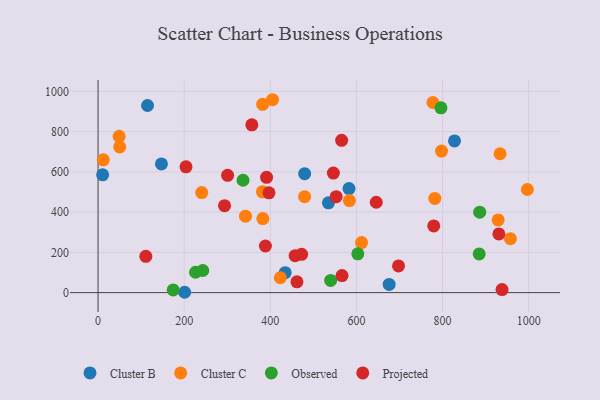
{"axis": {"x": "Speed", "y": "Fuel Efficiency"}, "legend": ["Cluster B", "Cluster C", "Observed", "Projected"], "data": [{"x": "582.7", "y": 517.1, "type": "Cluster B"}, {"x": "10.6", "y": 585.4, "type": "Cluster B"}, {"x": "434.5", "y": 99.1, "type": "Cluster B"}, {"x": "535.0", "y": 446.2, "type": "Cluster B"}, {"x": "675.9", "y": 40.8, "type": "Cluster B"}, {"x": "479.7", "y": 590.9, "type": "Cluster B"}, {"x": "114.9", "y": 929.8, "type": "Cluster B"}, {"x": "201.0", "y": 1.7, "type": "Cluster B"}, {"x": "147.2", "y": 639.7, "type": "Cluster B"}, {"x": "827.7", "y": 754.1, "type": "Cluster B"}, {"x": "996.9", "y": 512.4, "type": "Cluster C"}, {"x": "240.7", "y": 497.4, "type": "Cluster C"}, {"x": "382.6", "y": 368.2, "type": "Cluster C"}, {"x": "583.7", "y": 457.2, "type": "Cluster C"}, {"x": "48.9", "y": 776.7, "type": "Cluster C"}, {"x": "12.1", "y": 659.7, "type": "Cluster C"}, {"x": "405.1", "y": 958.6, "type": "Cluster C"}, {"x": "797.5", "y": 703.5, "type": "Cluster C"}, {"x": "479.6", "y": 476.6, "type": "Cluster C"}, {"x": "382.2", "y": 935.8, "type": "Cluster C"}, {"x": "342.4", "y": 379.9, "type": "Cluster C"}, {"x": "929.0", "y": 361.3, "type": "Cluster C"}, {"x": "50.2", "y": 723.9, "type": "Cluster C"}, {"x": "777.6", "y": 944.9, "type": "Cluster C"}, {"x": "423.3", "y": 73.9, "type": "Cluster C"}, {"x": "933.5", "y": 690.0, "type": "Cluster C"}, {"x": "957.5", "y": 268.3, "type": "Cluster C"}, {"x": "781.9", "y": 467.9, "type": "Cluster C"}, {"x": "381.7", "y": 500.7, "type": "Cluster C"}, {"x": "611.8", "y": 248.5, "type": "Cluster C"}, {"x": "886.2", "y": 399.7, "type": "Observed"}, {"x": "174.4", "y": 13.5, "type": "Observed"}, {"x": "226.4", "y": 101.1, "type": "Observed"}, {"x": "540.1", "y": 60.6, "type": "Observed"}, {"x": "885.0", "y": 192.2, "type": "Observed"}, {"x": "336.6", "y": 558.4, "type": "Observed"}, {"x": "243.2", "y": 109.9, "type": "Observed"}, {"x": "603.2", "y": 193.0, "type": "Observed"}, {"x": "796.2", "y": 918.3, "type": "Observed"}, {"x": "546.4", "y": 594.1, "type": "Projected"}, {"x": "293.7", "y": 432.3, "type": "Projected"}, {"x": "938.1", "y": 14.9, "type": "Projected"}, {"x": "110.9", "y": 180.2, "type": "Projected"}, {"x": "552.9", "y": 476.6, "type": "Projected"}, {"x": "697.7", "y": 132.5, "type": "Projected"}, {"x": "472.7", "y": 190.1, "type": "Projected"}, {"x": "300.8", "y": 582.9, "type": "Projected"}, {"x": "204.2", "y": 624.9, "type": "Projected"}, {"x": "646.0", "y": 449.0, "type": "Projected"}, {"x": "566.5", "y": 84.9, "type": "Projected"}, {"x": "461.8", "y": 53.7, "type": "Projected"}, {"x": "930.7", "y": 291.6, "type": "Projected"}, {"x": "357.1", "y": 833.7, "type": "Projected"}, {"x": "396.9", "y": 496.0, "type": "Projected"}, {"x": "391.3", "y": 572.8, "type": "Projected"}, {"x": "457.6", "y": 183.7, "type": "Projected"}, {"x": "565.6", "y": 756.9, "type": "Projected"}, {"x": "779.5", "y": 331.5, "type": "Projected"}, {"x": "388.6", "y": 231.6, "type": "Projected"}]}